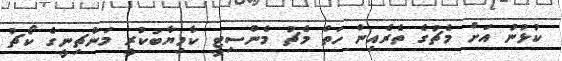
ކުޅުނު އަށް މެޗުގެ ތެރެއިން ހަތް މެޗު މެންސިޓީ ކާމިޔާބުކުރީ މަންޗިނީގެ ކޯޗު